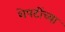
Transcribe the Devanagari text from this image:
शेपटींच्या